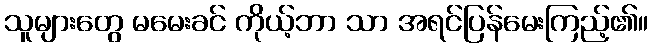
သူများတွေ မမေးခင် ကိုယ့်ဘာ သာ အရင်ပြန်မေးကြည့်၏။